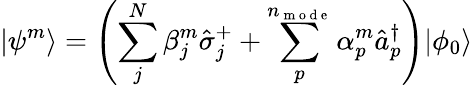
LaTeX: \vert\psi^{m}\rangle=\left(\sum_{j}^{N}\beta_{j}^{m}\hat{\sigma}_{j}^{+}+\sum_{p}^{n_{\mathrm{~m~o~d~e~}}}\alpha_{p}^{m}\hat{a}_{p}^{\dagger}\right)\vert\phi_{0}\rangle